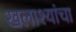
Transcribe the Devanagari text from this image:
खलाश्यांचा